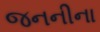
જનનીના